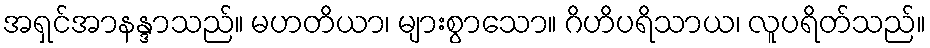
အရှင်အာနန္ဒာသည်။ မဟတိယာ၊ များစွာသော။ ဂိဟိပရိသာယ၊ လူပရိတ်သည်။